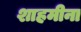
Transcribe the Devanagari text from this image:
शाहमीना